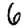
Digit: 6